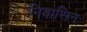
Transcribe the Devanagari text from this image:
निवासिनः